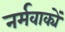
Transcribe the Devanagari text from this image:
नर्मवाक्यें